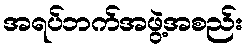
အရပ်ဘက်အဖွဲ့အစည်း